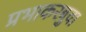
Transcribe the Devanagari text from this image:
प्रभाकरबुवा